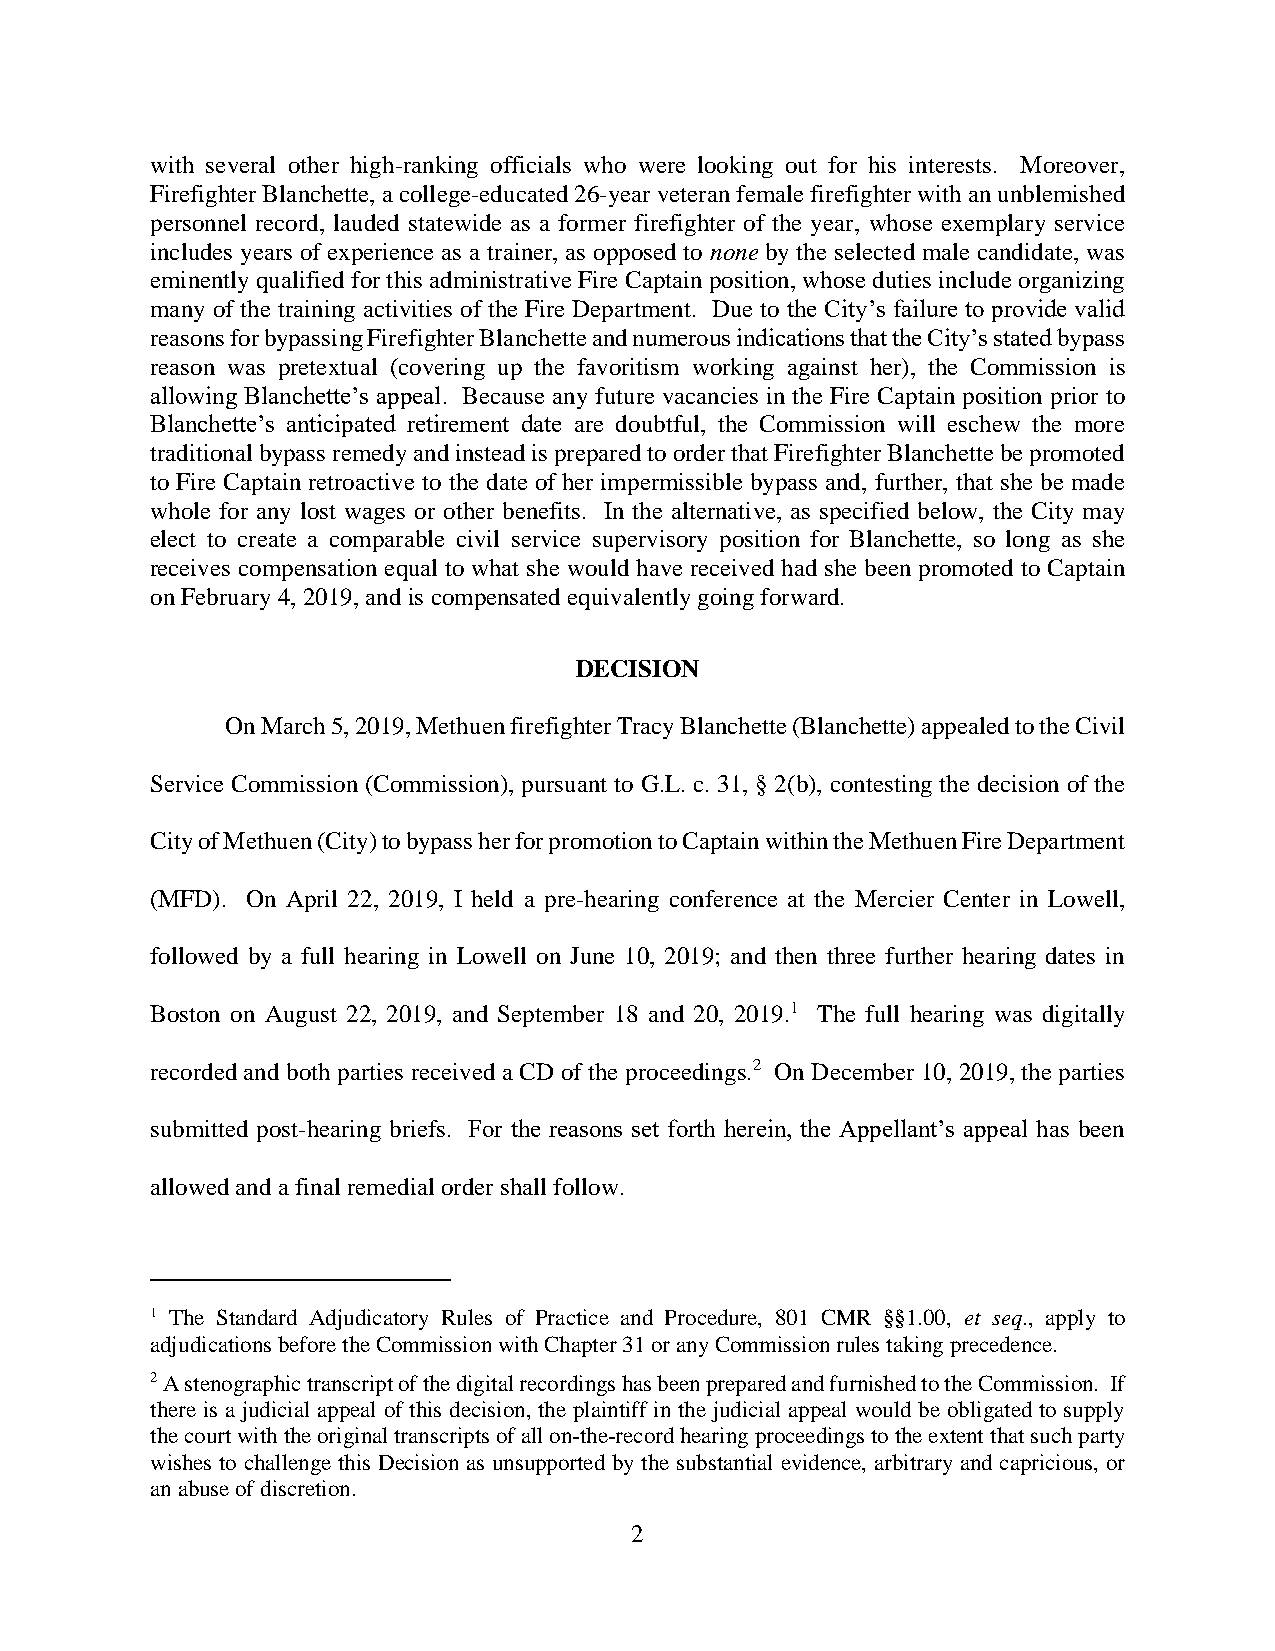
with several other high-ranking officials who were looking out for his interests. Moreover,
 Firefighter Blanchette, a college-educated 26-year veteran female firefighter with an unblemished
 personnel record, lauded statewide as a former firefighter of the year, whose exemplary service
 includes years of experience as a trainer, as opposed to none by the selected male candidate, was
 eminently qualified for this administrative Fire Captain position, whose duties include organizing
 many of the training activities of the Fire Department. Due to the City’s failure to provide valid
 reasons for bypassing Firefighter Blanchette and numerous indications that the City’s stated bypass
 reason was pretextual (covering up the favoritism working against her), the Commission is
 allowing Blanchette’s appeal. Because any future vacancies in the Fire Captain position prior to
 Blanchette’s anticipated retirement date are doubtful, the Commission will eschew the more
 traditional bypass remedy and instead is prepared to order that Firefighter Blanchette be promoted
 to Fire Captain retroactive to the date of her impermissible bypass and, further, that she be made
 whole for any lost wages or other benefits. In the alternative, as specified below, the City may
 elect to create a comparable civil service supervisory position for Blanchette, so long as she
 receives compensation equal to what she would have received had she been promoted to Captain
 on February 4, 2019, and is compensated equivalently going forward.
 DECISION
 On March 5, 2019, Methuen firefighter Tracy Blanchette (Blanchette) appealed to the Civil
 Service Commission (Commission), pursuant to G.L. c. 31, § 2(b), contesting the decision of the
 City of Methuen (City) to bypass her for promotion to Captain within the Methuen Fire Department
 (MFD). On April 22, 2019, I held a pre-hearing conference at the Mercier Center in Lowell,
 followed by a full hearing in Lowell on June 10, 2019; and then three further hearing dates in
 Boston on August 22, 2019, and September 18 and 20, 2019.1 The full hearing was digitally
 recorded and both parties received a CD of the proceedings.2 On December 10, 2019, the parties
 submitted post-hearing briefs. For the reasons set forth herein, the Appellant’s appeal has been
 allowed and a final remedial order shall follow.
 1 The Standard Adjudicatory Rules of Practice and Procedure, 801 CMR §§1.00, et seq., apply to
 adjudications before the Commission with Chapter 31 or any Commission rules taking precedence.
 2 A stenographic transcript of the digital recordings has been prepared and furnished to the Commission. If
 there is a judicial appeal of this decision, the plaintiff in the judicial appeal would be obligated to supply
 the court with the original transcripts of all on-the-record hearing proceedings to the extent that such party
 wishes to challenge this Decision as unsupported by the substantial evidence, arbitrary and capricious, or
 an abuse of discretion.
 2